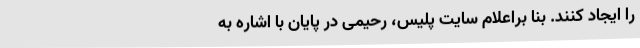
را ایجاد کنند. بنا براعلام سایت پلیس، رحیمی در پایان با اشاره به